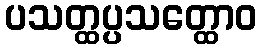
ပသတ္ထပ္ပသတ္ထောဝ